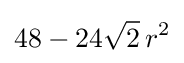
48-24{\sqrt {2}}\,r^{2}